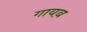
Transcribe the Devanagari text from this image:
गायब़